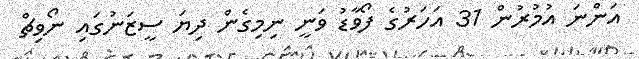
އަންނަ އުމުރުން 31 އަހަރުގެ ފޯވާޑު ވަނީ ނިމިގެން ދިޔަ ސީޒަނުގައި ނޯވިޗް